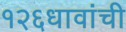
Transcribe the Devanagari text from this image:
१२६धावांची